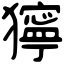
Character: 獰